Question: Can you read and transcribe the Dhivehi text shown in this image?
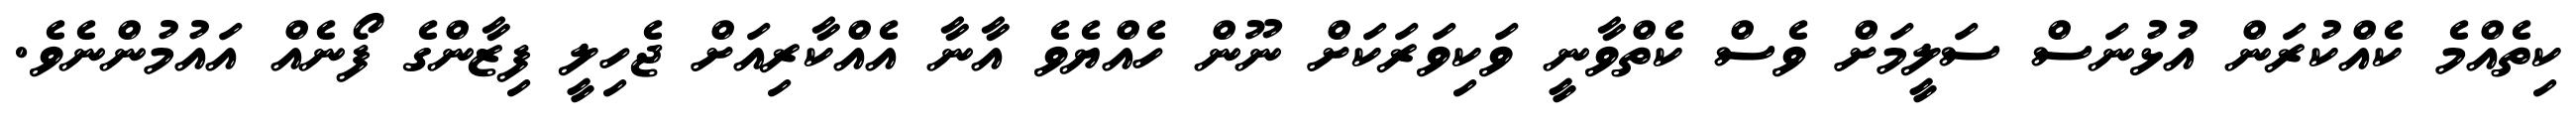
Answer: ކިތެއްމެ ކެއްކުރަން އުޅުނަސް ސަލީމަށް ވެސް ކެތްވާނީ ވަކިވަރަކަށް ނޫން ހެއްޔެވެ އާނާ އެއްކާރިއަށް ޖެހިލީ ފިޒާންގެ ފޯނެއް އައުމުންނެވެ.